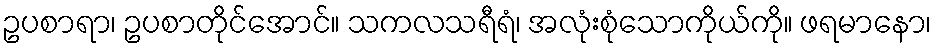
ဥပစာရာ၊ ဥပစာတိုင်အောင်။ သကလသရီရံ၊ အလုံးစုံသောကိုယ်ကို။ ဖရမာနော၊